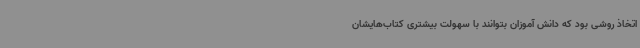
اتخاذ روشی بود که دانش آموزان بتوانند با سهولت بیشتری کتاب‌هایشان